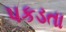
પકડતા